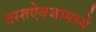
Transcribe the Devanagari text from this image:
दस्तऐवजामध्ये